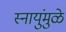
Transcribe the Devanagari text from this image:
स्नायुंमुळे